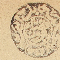
محكمة بدايت قضاء بترون ١٣٠١